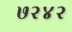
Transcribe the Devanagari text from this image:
७२४२